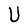
Character: U